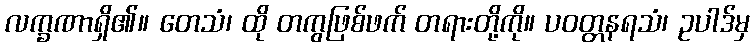
လက္ခဏာရှိ၏။ တေသံ၊ ထို တကွဖြစ်ဖက် တရားတို့ကို။ ပဝတ္တနရသံ၊ ဥပါဒ်မှ